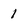
Character: 1